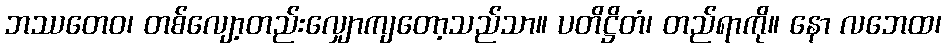
ဘဿတေဝ၊ တစ်လျော့တည်းလျှောကျတော့သည်သာ။ ပတိဋ္ဌိတံ၊ တည်ရာကို။ နော လဘေထ၊